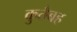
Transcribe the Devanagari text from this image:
कुतैबह